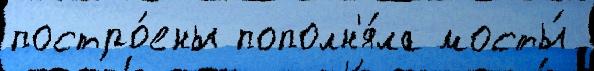
постро́ены пополн'я́ла мосты́